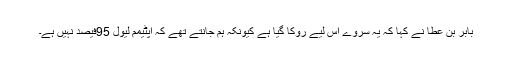
بابر بن عطا نے کہا کہ یہ سروے اس لیے روکا گیا ہے کیونکہ ہم جانتے تھے کہ آپٹیمم لیول 95فیصد نہیں ہے۔